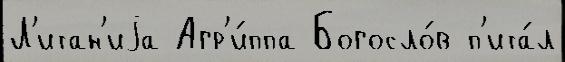
Л'итан'иjа Агр'и́ппа Богосло́в п'ита́л